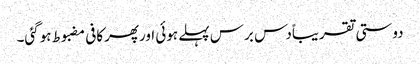
دوستی تقریباًدس برس پہلے ہوئی اورپھرکافی مضبوط ہوگئی۔